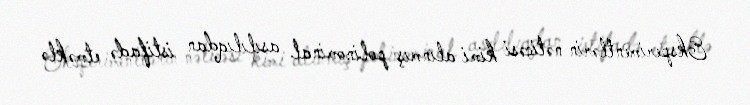
Eksperimentlərin nəticəsi kimi alınmış polinominal asılılıqdan istifadə etməklə